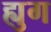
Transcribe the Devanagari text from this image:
ह्युग